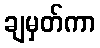
ချမှတ်ကာ